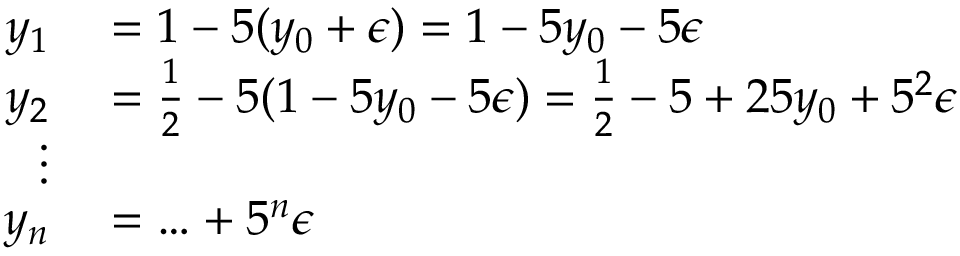
\begin{array} { r l } { y _ { 1 } } & { { } = 1 - 5 ( y _ { 0 } + \epsilon ) = 1 - 5 y _ { 0 } - 5 \epsilon } \\ { y _ { 2 } } & { { } = { \frac { 1 } { 2 } } - 5 ( 1 - 5 y _ { 0 } - 5 \epsilon ) = { \frac { 1 } { 2 } } - 5 + 2 5 y _ { 0 } + 5 ^ { 2 } \epsilon } \\ { \vdots } \\ { y _ { n } } & { { } = \ldots + 5 ^ { n } \epsilon } \end{array}